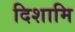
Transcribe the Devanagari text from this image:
दिशामि